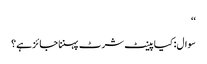
‘‘
سوال: کیا پینٹ شرٹ پہننا جائز ہے؟